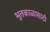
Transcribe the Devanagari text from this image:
भूतकाळासाठी